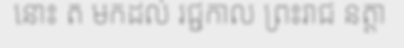
នោះ ត មកដល់ រជ្ជកាល ព្រះរាជ នត្តា